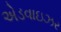
એડવાઇઝર